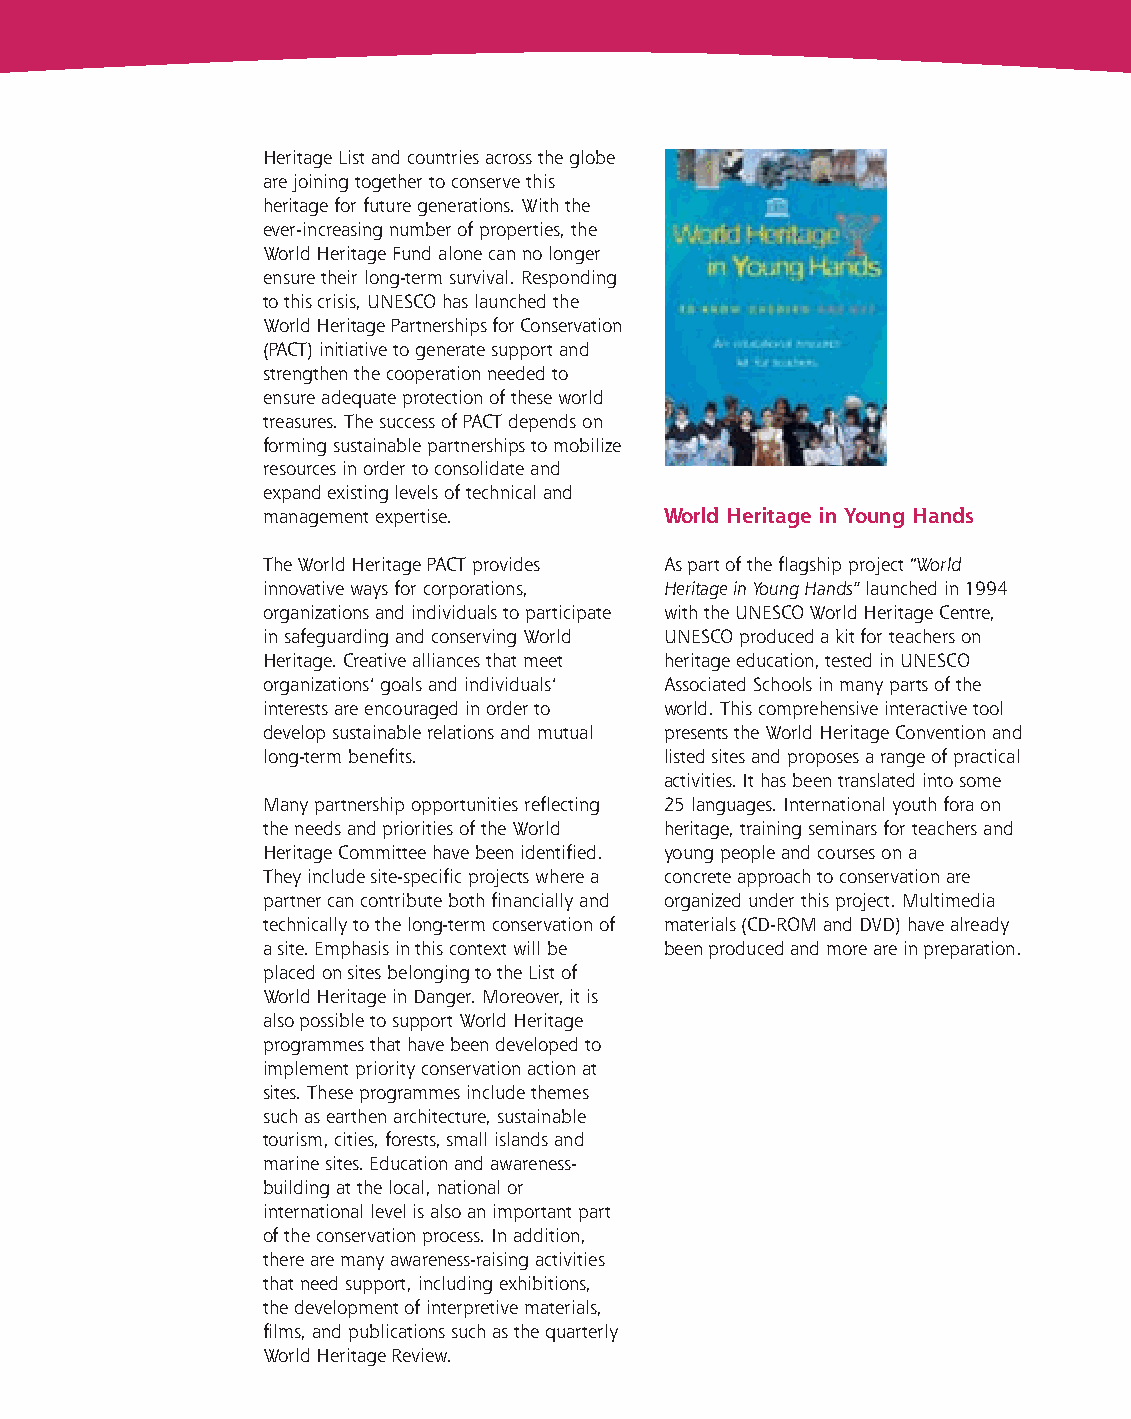
fiches_forward to future_UK 1/11/06 16:41 Page 8
 Heritage List and countries across the globe
 are joining together to conserve this
 heritage for future generations. With the
 ever-increasing number of properties, the
 World Heritage Fund alone can no longer
 ensure their long-term survival. Responding
 to this crisis, UNESCO has launched the
 World Heritage Partnerships for Conservation
 (PACT) initiative to generate support and
 strengthen the cooperation needed to
 ensure adequate protection of these world
 treasures. The success of PACT depends on
 forming sustainable partnerships to mobilize
 resources in order to consolidate and
 expand existing levels of technical and
 management expertise.      World Heritage in Young Hands
 The World Heritage PACT provides As part of the flagship project “World
 innovative ways for corporations, Heritage in Young Hands” launched in 1994
 organizations and individuals to participate with the UNESCO World Heritage Centre,
 in safeguarding and conserving World UNESCO produced a kit for teachers on
 Heritage. Creative alliances that meet heritage education, tested in UNESCO
 organizations’ goals and individuals’ Associated Schools in many parts of the
 interests are encouraged in order to world. This comprehensive interactive tool
 develop sustainable relations and mutual presents the World Heritage Convention and
 long-term benefits.        listed sites and proposes a range of practical
 activities. It has been translated into some
 Many partnership opportunities reflecting 25 languages. International youth fora on
 the needs and priorities of the World heritage, training seminars for teachers and
 Heritage Committee have been identified. young people and courses on a
 They include site-specific projects where a concrete approach to conservation are
 partner can contribute both financially and organized under this project. Multimedia
 technically to the long-term conservation of materials (CD-ROM and DVD) have already
 a site. Emphasis in this context will be been produced and more are in preparation.
 placed on sites belonging to the List of
 World Heritage in Danger. Moreover, it is
 also possible to support World Heritage
 programmes that have been developed to
 implement priority conservation action at
 sites. These programmes include themes
 such as earthen architecture, sustainable
 tourism, cities, forests, small islands and
 marine sites. Education and awareness-
 building at the local, national or
 international level is also an important part
 of the conservation process. In addition,
 there are many awareness-raising activities
 that need support, including exhibitions,
 the development of interpretive materials,
 films, and publications such as the quarterly
 World Heritage Review.